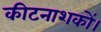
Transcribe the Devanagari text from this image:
कीटनाशकों।